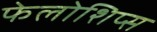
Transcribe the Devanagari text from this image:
फेलोशिप्स